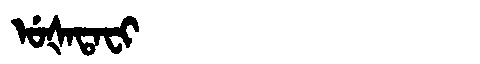
Manchu: ᡠᡧᠠᡨᠠᠸᡳ
Romanization: UŠATAFI